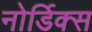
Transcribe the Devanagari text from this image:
नोर्डिक्स